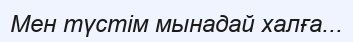
Мен түстім мынадай халға...